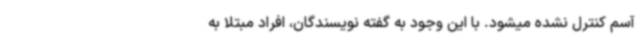
آسم کنترل نشده میشود. با این وجود به گفته نویسندگان، افراد مبتلا به